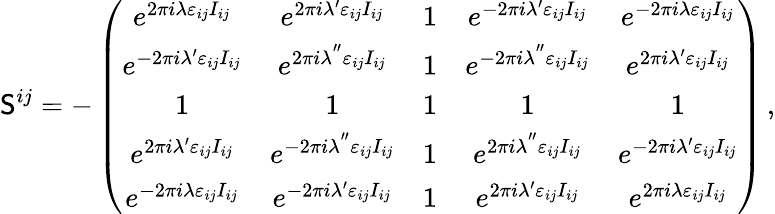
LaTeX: \mathsf{S}^{ij}=-\left(\begin{array}{ccccc}{{e^{2\pi i\lambda\varepsilon_{ij}I_{ij}}}}&{{e^{2\pi i\lambda^{\prime}\varepsilon_{ij}I_{ij}}}}&{{1}}&{{e^{-2\pi i\lambda^{\prime}\varepsilon_{ij}I_{ij}}}}&{{e^{-2\pi i\lambda\varepsilon_{ij}I_{ij}}}}\\ {{e^{-2\pi i\lambda^{\prime}\varepsilon_{ij}I_{ij}}}}&{{e^{2\pi i\lambda^{^{\prime\prime}}\varepsilon_{ij}I_{ij}}}}&{{1}}&{{e^{-2\pi i\lambda^{^{\prime\prime}}\varepsilon_{ij}I_{ij}}}}&{{e^{2\pi i\lambda^{\prime}\varepsilon_{ij}I_{ij}}}}\\ {{1}}&{{1}}&{{1}}&{{1}}&{{1}}\\ {{e^{2\pi i\lambda^{\prime}\varepsilon_{ij}I_{ij}}}}&{{e^{-2\pi i\lambda^{^{\prime\prime}}\varepsilon_{ij}I_{ij}}}}&{{1}}&{{e^{2\pi i\lambda^{^{\prime\prime}}\varepsilon_{ij}I_{ij}}}}&{{e^{-2\pi i\lambda^{\prime}\varepsilon_{ij}I_{ij}}}}\\ {{e^{-2\pi i\lambda\varepsilon_{ij}I_{ij}}}}&{{e^{-2\pi i\lambda^{\prime}\varepsilon_{ij}I_{ij}}}}&{{1}}&{{e^{2\pi i\lambda^{\prime}\varepsilon_{ij}I_{ij}}}}&{{e^{2\pi i\lambda\varepsilon_{ij}I_{ij}}}}\end{array}\right)\, ,